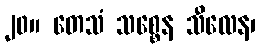
၂၀။ တေသံ သစ္စေန သီလေန၊